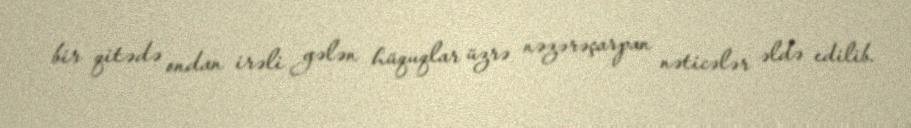
bir qitədə ondan irəli gələn hüquqlar üzrə nəzərəçarpan nəticələr əldə edilib.